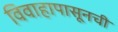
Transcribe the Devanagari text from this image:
विवाहापासूनची